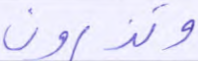
وتذرون